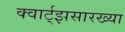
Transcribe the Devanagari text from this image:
क्वार्ट्‌झसारख्या